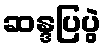
ဆန္ဒပြပွဲ